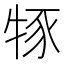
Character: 𤙦